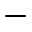
-